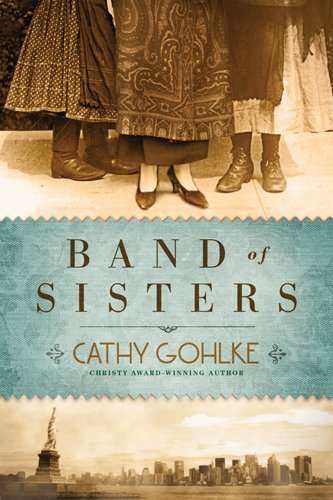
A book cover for Band of Sisters; Cathy Gohlke; Literature & Fiction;